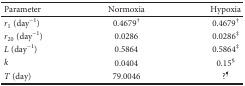
<table><thead><tr><td><b>Parameter</b></td><td><b>Normoxia</b></td><td><b>Hypoxia</b></td></tr></thead><tbody><tr><td><i>r</i><sub>1</sub> (day<sup>−1</sup>)</td><td>0.4679<sup>†</sup></td><td>0.4679<sup>†</sup></td></tr><tr><td><i>r</i><sub>20</sub> (day<sup>−1</sup>)</td><td>0.0286</td><td>0.0286<sup>‡</sup></td></tr><tr><td><i>L</i> (day<sup>−1</sup>)</td><td>0.5864</td><td>0.5864<sup>‡</sup></td></tr><tr><td><i>k</i></td><td>0.0404</td><td>0.15<sup>§</sup></td></tr><tr><td><i>T</i> (day)</td><td>79.0046</td><td>?<sup>¶</sup></td></tr></tbody></table>